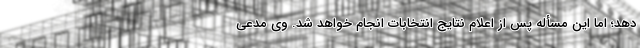
دهد؛ اما این مسأله پس از اعلام نتایج انتخابات انجام خواهد شد. وی مدعی